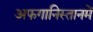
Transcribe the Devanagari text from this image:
अफगानिस्तानमें